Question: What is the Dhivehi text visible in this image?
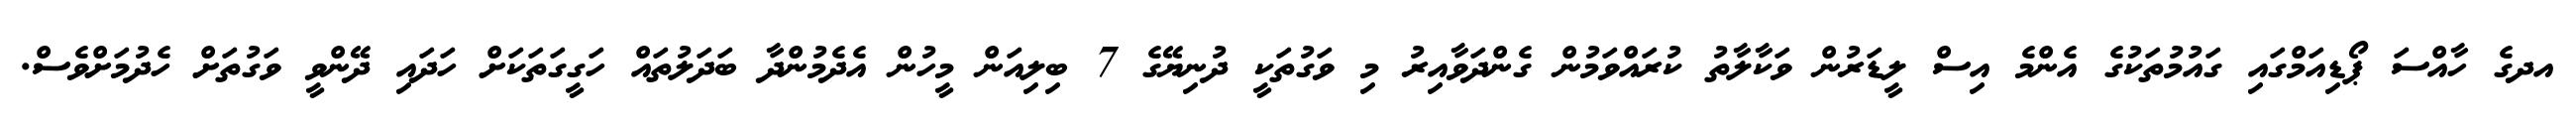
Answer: އދގެ ހާއްސަ ޕޯޑިއަމްގައި ގައުމުތަކުގެ އެންމެ އިސް ލީޑަރުން ވަކާލާތު ކުރައްވަމުން ގެންދަވާއިރު މި ވަގުތަކީ ދުނިޔޭގެ 7 ބިލިއަން މީހުން އެދެމުންދާ ބަދަލުތައް ހަގީގަތަކަށް ހަދައި ދޭންވީ ވަގުތަށް ހެދުމަށްވެސް.